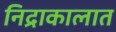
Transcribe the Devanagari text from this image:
निद्राकालात